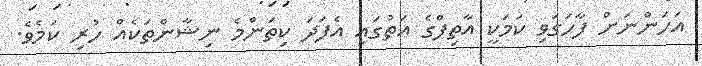
އަހަންނަށް ފާހަގަވި ކަމަކީ އާތިފްގެ އަތުގައި އެފަދަ ކިތަންމެ ނިޝާންތަކެއް ހުރި ކަމެވެ.